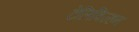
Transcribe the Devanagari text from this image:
टेलिविज्हन